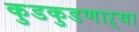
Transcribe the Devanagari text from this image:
कुडकुडणाऱ्या